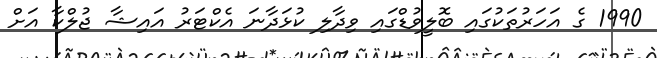
1990 ގެ އަހަރުތަކުގައި ބޮލީވުޑްގައި ވިދާލި ކުޅަދާނަ އެކްޓަރު އައިޝާ ޖުލްކާ އަށް